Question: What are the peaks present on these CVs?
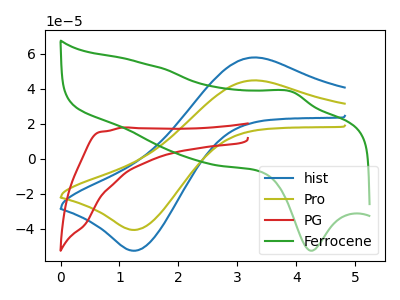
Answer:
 <answer>The blue curve "hist" has an anodic peak at (3.25V, 57.90uA) and a cathodic peak at (1.30V, -52.45uA). The olive curve "Pro" has an anodic peak at (3.25V, 44.80uA) and a cathodic peak at (1.30V, -40.60uA). The red curve "PG" has no peaks. The green curve "Ferrocene" has an anodic peak at (3.95V, 38.30uA) and a cathodic peak at (4.25V, -52.55uA).</answer>
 <eval></eval>